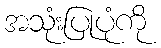
အသုံးပြုပုံကို